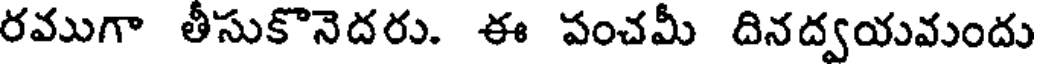
రముగా తీసుకొనెదరు. ఈ పంచమీ దినద్వయవుందు